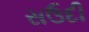
સઉદી